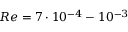
R e = 7 \cdot 1 0 ^ { - 4 } - 1 0 ^ { - 3 }